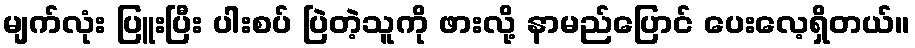
မျက်လုံး ပြူးပြီး ပါးစပ် ပြဲတဲ့သူကို ဖားလို့ နာမည်ပြောင် ပေးလေ့ရှိတယ်။